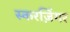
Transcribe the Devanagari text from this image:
स्करज़िंगर